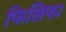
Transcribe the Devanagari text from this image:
फिलिफा